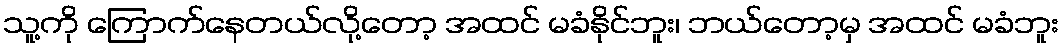
သူ့ကို ကြောက်နေတယ်လို့တော့ အထင် မခံနိုင်ဘူး၊ ဘယ်တော့မှ အထင် မခံဘူး